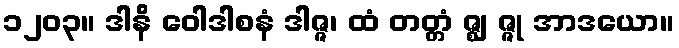
၁၂၀၃။ ဒါနိ ဝေါဒါစနံ ဒါဇ္ဇ၊ ထံ တတ္တံ ဇ္ဈ ဇ္ဇု အာဒယော။